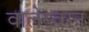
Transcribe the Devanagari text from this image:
वालेस्वरन